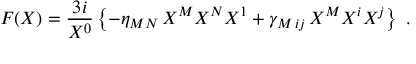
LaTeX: F ( X ) = { \frac { 3 i } { X ^ { 0 } } } \left\{ - \eta _ { M N } \, X ^ { M } X ^ { N } X ^ { 1 } + \gamma _ { M \, i j } \, X ^ { M } X ^ { i } X ^ { j } \right\} \ .